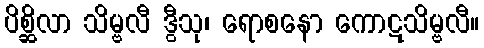
ပိစ္ဆိလာ သိမ္ဗလီ ဒွီသု၊ ရောစနော ကောဋသိမ္ဗလီ။